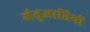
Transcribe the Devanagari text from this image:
जंतुजातियों